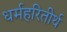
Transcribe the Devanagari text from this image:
धर्महरितीर्थ